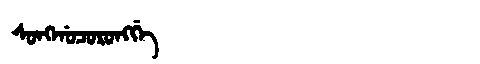
Manchu: ᠰᠣᠩᡤᠣᠴᠣᡵᠣᠩᡤᡝ
Romanization: SONGGOCORONGGE